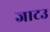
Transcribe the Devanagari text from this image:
जाटउ